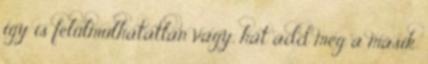
így is felülmúlhatatlan vagy, hát add meg a másik